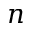
n